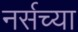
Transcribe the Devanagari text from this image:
नर्सच्या